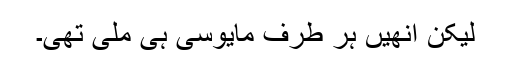
لیکن اُنھیں ہر طرف مایوسی ہی ملی تھی۔